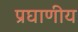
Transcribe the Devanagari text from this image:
प्रघाणीय